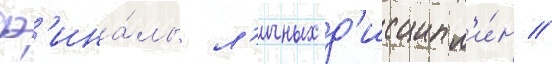
ф'ина́лы л'ичных д'исципл'и́н //